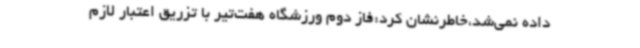
داده نمی‌شد،خاطرنشان کرد:فاز دوم ورزشگاه هفت‌تیر با تزریق اعتبار لازم